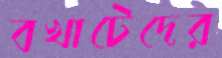
বখাটেদের